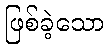
ဖြစ်ခဲ့သော